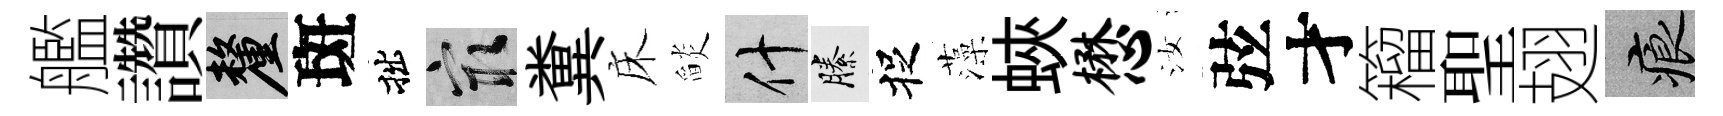
艦讚厘斑拙冣糞床𦦨什縢捉藻蛺懋汝弦才籕聖翅痕